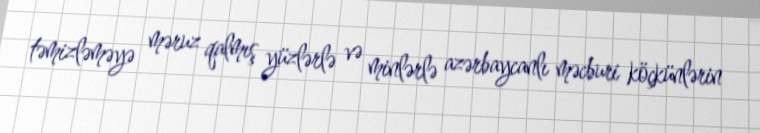
təmizləməyə məruz qalmış yüzlərlə və minlərlə azərbaycanlı məcburi köçkünlərin